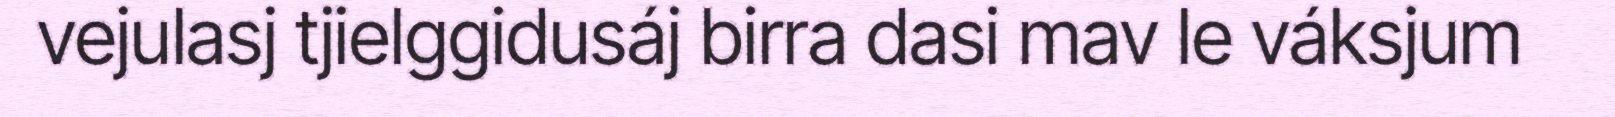
vejulasj tjielggidusáj birra dasi mav le váksjum